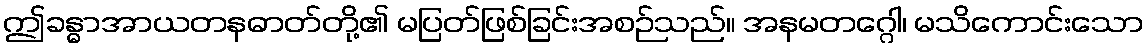
ဤခန္ဓာအာယတနဓာတ်တို့၏ မပြတ်ဖြစ်ခြင်းအစဉ်သည်။ အနမတဂ္ဂေါ၊ မသိကောင်းသော